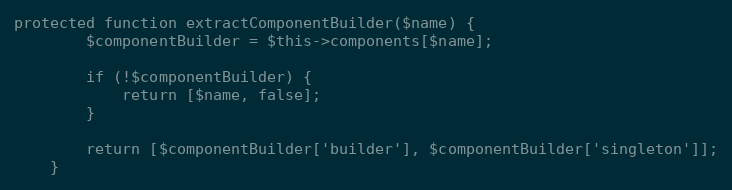
Language: PHP
protected function extractComponentBuilder($name) {
		$componentBuilder = $this->components[$name];

		if (!$componentBuilder) {
			return [$name, false];
		}

		return [$componentBuilder['builder'], $componentBuilder['singleton']];
	}